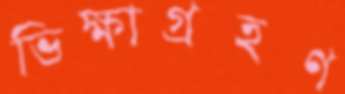
ভিক্ষাগ্রহণ